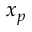
x _ { p }